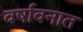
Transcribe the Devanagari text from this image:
वर्षावनात